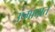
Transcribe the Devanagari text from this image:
उष्मापात